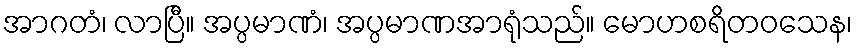
အာဂတံ၊ လာပြီ။ အပ္ပမာဏံ၊ အပ္ပမာဏအာရုံသည်။ မောဟစရိတဝသေန၊